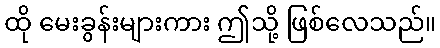
ထို မေးခွန်းများကား ဤသို့ ဖြစ်လေသည်။